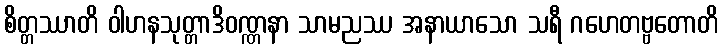
စိတ္တဿာတိ ဝါဟနသုတ္တာဒိဝဏ္ဏနာ သာမညဿ အနာယာသော သရီ ဂဟေတဗ္ဗတောတိ